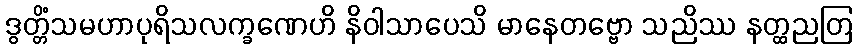
ဒွတ္တိံသမဟာပုရိသလက္ခဏေဟိ နိဝါသာပေသိ မာနေတဗ္ဗော သညိဿ နတ္ထညတြ